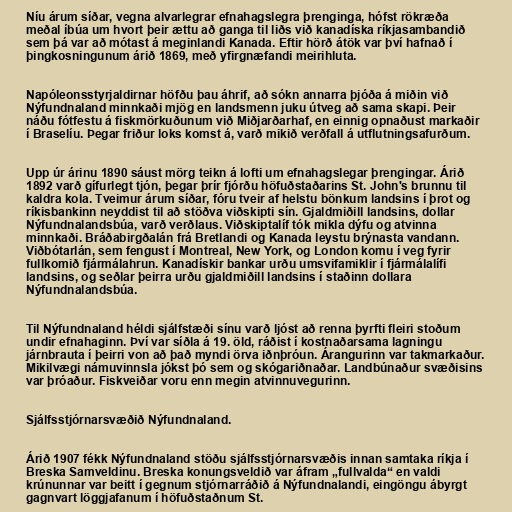
Níu árum síðar, vegna alvarlegrar efnahagslegra þrenginga, hófst rökræða
meðal íbúa um hvort þeir ættu að ganga til liðs við kanadíska ríkjasambandið
sem þá var að mótast á meginlandi Kanada. Eftir hörð átök var því hafnað í
þingkosningunum árið 1869, með yfirgnæfandi meirihluta.

Napóleonsstyrjaldirnar höfðu þau áhrif, að sókn annarra þjóða á miðin við
Nýfundnaland minnkaði mjög en landsmenn juku útveg að sama skapi. Þeir
náðu fótfestu á fiskmörkuðunum við Miðjarðarhaf, en einnig opnaðust markaðir
í Braselíu. Þegar friður loks komst á, varð mikið verðfall á utflutningsafurðum.

Upp úr árinu 1890 sáust mörg teikn á lofti um efnahagslegar þrengingar. Árið
1892 varð gífurlegt tjón, þegar þrír fjórðu höfuðstaðarins St. John's brunnu til
kaldra kola. Tveimur árum síðar, fóru tveir af helstu bönkum landsins í þrot og
ríkisbankinn neyddist til að stöðva viðskipti sín. Gjaldmiðill landsins, dollar
Nýfundnalandsbúa, varð verðlaus. Viðskiptalíf tók mikla dýfu og atvinna
minnkaði. Bráðabirgðalán frá Bretlandi og Kanada leystu brýnasta vandann.
Viðbótarlán, sem fengust í Montreal, New York, og London komu í veg fyrir
fullkomið fjármálahrun. Kanadískir bankar urðu umsvifamiklir í fjármálalífi
landsins, og seðlar þeirra urðu gjaldmiðill landsins í staðinn dollara
Nýfundnalandsbúa.

Til Nýfundnaland héldi sjálfstæði sínu varð ljóst að renna þyrfti fleiri stoðum
undir efnahaginn. Því var síðla á 19. öld, ráðist í kostnaðarsama lagningu
járnbrauta í þeirri von að það myndi örva iðnþróun. Árangurinn var takmarkaður.
Mikilvægi námuvinnsla jókst þó sem og skógariðnaðar. Landbúnaður svæðisins
var þróaður. Fiskveiðar voru enn megin atvinnuvegurinn.

Sjálfsstjórnarsvæðið Nýfundnaland.

Árið 1907 fékk Nýfundnaland stöðu sjálfsstjórnarsvæðis innan samtaka ríkja í
Breska Samveldinu. Breska konungsveldið var áfram „fullvalda“ en valdi
krúnunnar var beitt í gegnum stjórnarráðið á Nýfundnalandi, eingöngu ábyrgt
gagnvart löggjafanum í höfuðstaðnum St.